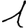
Digit: 1